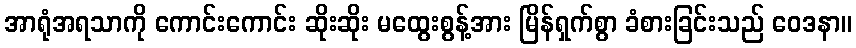
အာရုံအရသာကို ကောင်းကောင်း ဆိုးဆိုး မထွေးစွန့်အား မြိန်ရှက်စွာ ခံစားခြင်းသည် ဝေဒနာ။